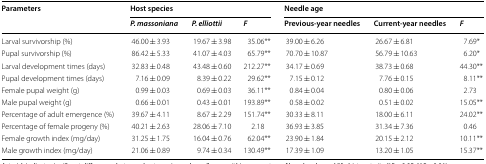
<table><thead><tr><td rowspan="2"><b>Parameters</b></td><td colspan="3"><b>Host species</b></td><td colspan="3"><b>Needle age</b></td></tr><tr><td><b><i>P. massoniana</i></b></td><td><b><i>P. elliottii</i></b></td><td><b><i>F</i></b></td><td><b>Previous-year needles</b></td><td><b>Current-year needles</b></td><td><b><i>F</i></b></td></tr></thead><tbody><tr><td>Larval survivorship (%)</td><td>46.00 ± 3.93</td><td>19.67 ± 3.98</td><td>35.06**</td><td>39.00 ± 6.26</td><td>26.67 ± 6.81</td><td>7.69*</td></tr><tr><td>Pupal survivorship (%)</td><td>86.42 ± 5.33</td><td>41.07 ± 4.03</td><td>65.79**</td><td>70.70 ± 10.87</td><td>56.79 ± 10.63</td><td>6.20*</td></tr><tr><td>Larval development times (days)</td><td>32.83 ± 0.48</td><td>43.48 ± 0.60</td><td>212.27**</td><td>34.17 ± 0.69</td><td>38.73 ± 0.68</td><td>44.30**</td></tr><tr><td>Pupal development times (days)</td><td>7.16 ± 0.09</td><td>8.39 ± 0.22</td><td>29.62**</td><td>7.15 ± 0.12</td><td>7.76 ± 0.15</td><td>8.11**</td></tr><tr><td>Female pupal weight (g)</td><td>0.99 ± 0.03</td><td>0.69 ± 0.03</td><td>36.11**</td><td>0.84 ± 0.04</td><td>0.80 ± 0.06</td><td>2.73</td></tr><tr><td>Male pupal weight (g)</td><td>0.66 ± 0.01</td><td>0.43 ± 0.01</td><td>193.89**</td><td>0.58 ± 0.02</td><td>0.51 ± 0.02</td><td>15.05**</td></tr><tr><td>Percentage of adult emergence (%)</td><td>39.67 ± 4.11</td><td>8.67 ± 2.29</td><td>151.74**</td><td>30.33 ± 8.11</td><td>18.00 ± 6.11</td><td>24.02**</td></tr><tr><td>Percentage of female progeny (%)</td><td>40.21 ± 2.63</td><td>28.06 ± 7.10</td><td>2.18</td><td>36.93 ± 3.85</td><td>31.34 ± 7.36</td><td>0.46</td></tr><tr><td>Female growth index (mg/day)</td><td>31.25 ± 1.75</td><td>16.04 ± 0.76</td><td>62.04**</td><td>23.90 ± 1.84</td><td>20.15 ± 2.12</td><td>10.11**</td></tr><tr><td>Male growth index (mg/day)</td><td>21.06 ± 0.89</td><td>9.74 ± 0.34</td><td>130.49**</td><td>17.39 ± 1.09</td><td>13.20 ± 1.05</td><td>15.37**</td></tr></tbody></table>